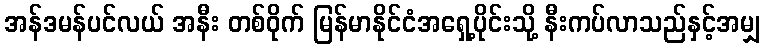
အန်ဒမန်ပင်လယ် အနီး တစ်ဝိုက် မြန်မာနိုင်ငံအရှေ့ပိုင်းသို့ နီးကပ်လာသည်နှင့်အမျှ